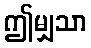
ဤမျှသာ